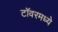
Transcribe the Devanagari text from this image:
टॉवरमध्ये